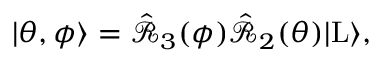
\begin{array} { r } { | \theta , \phi \rangle = \hat { \mathcal { R } } _ { 3 } ( \phi ) \hat { \mathcal { R } } _ { 2 } ( \theta ) | \mathrm { L } \rangle , } \end{array}